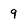
Character: 9